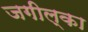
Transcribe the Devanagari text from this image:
जगील्का